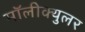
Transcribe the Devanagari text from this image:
मॉलीक्युलर